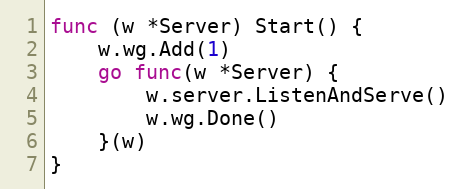
Language: Go
func (w *Server) Start() {
	w.wg.Add(1)
	go func(w *Server) {
		w.server.ListenAndServe()
		w.wg.Done()
	}(w)
}